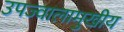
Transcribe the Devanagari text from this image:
उपज्वालामुखीय